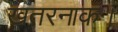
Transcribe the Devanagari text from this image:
खतरनाक।